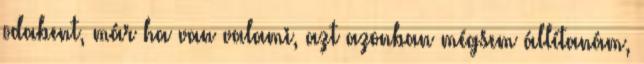
odabent, már ha van valami, azt azonban mégsem állítanám,